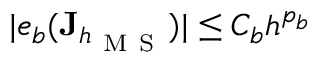
| e _ { b } ( \mathbf { J } _ { h _ { \mathrm { ~ M ~ S ~ } } } ) | \le C _ { b } h ^ { p _ { b } }